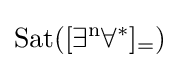
{\rm {{Sat}([\exists ^{n}\forall ^{*}]_{=})}}